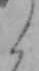
ら